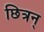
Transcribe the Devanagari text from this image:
छित्रन्